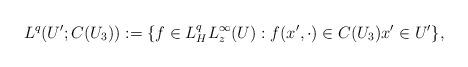
LaTeX: \begin{align*}L^q(U';C(U_3)):=\{ f\in L^q_H L^\infty_z(U): f(x',\cdot)\in C(U_3) x'\in U'\},\end{align*}